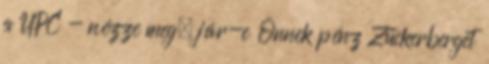
a UPC - nézze meg, jár-e Önnek pénz Zuckerberget